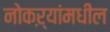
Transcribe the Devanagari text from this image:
नोकऱ्यांमधील